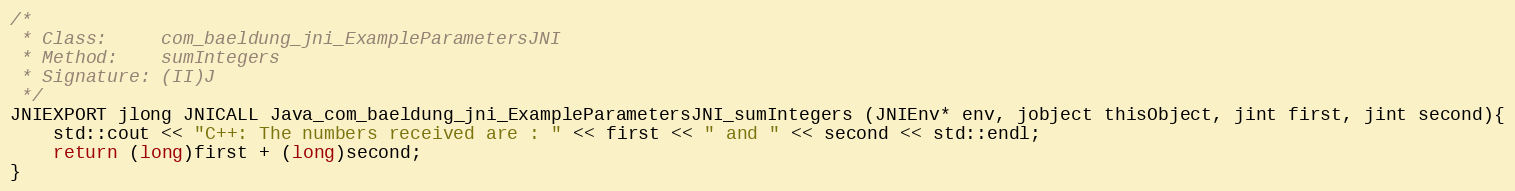
Language: C++
/*
 * Class:     com_baeldung_jni_ExampleParametersJNI
 * Method:    sumIntegers
 * Signature: (II)J
 */
JNIEXPORT jlong JNICALL Java_com_baeldung_jni_ExampleParametersJNI_sumIntegers (JNIEnv* env, jobject thisObject, jint first, jint second){
    std::cout << "C++: The numbers received are : " << first << " and " << second << std::endl;
    return (long)first + (long)second;
}